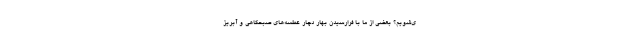
ی‌شویم؟ بعضی از ما با فرارسیدن بهار دچار عطسه‌های صبحگاهی و آبریز